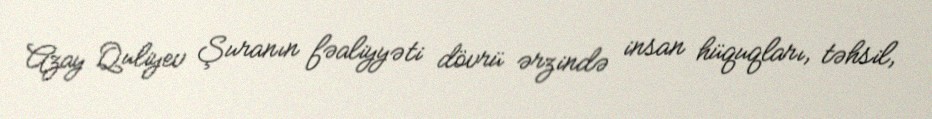
Azay Quliyev Şuranın fəaliyyəti dövrü ərzində insan hüquqları, təhsil,